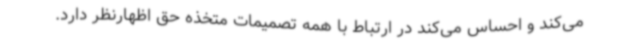
می‌کند و احساس می‌کند در ارتباط با همه تصمیمات متخذه حق اظهارنظر دارد.